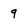
Character: 9